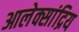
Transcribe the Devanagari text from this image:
आलेक्सांद्रिय